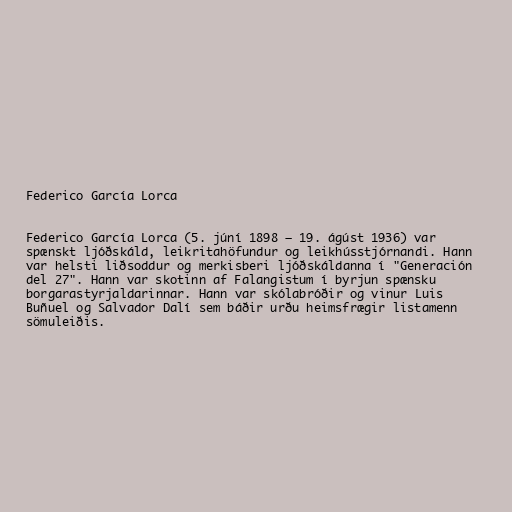
Federico García Lorca

Federico García Lorca (5. júní 1898 – 19. ágúst 1936) var
spænskt ljóðskáld, leikritahöfundur og leikhússtjórnandi. Hann
var helsti liðsoddur og merkisberi ljóðskáldanna í "Generación
del 27". Hann var skotinn af Falangistum í byrjun spænsku
borgarastyrjaldarinnar. Hann var skólabróðir og vinur Luis
Buñuel og Salvador Dalí sem báðir urðu heimsfrægir listamenn
sömuleiðis.